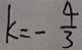
k = - \frac { 4 } { 3 }